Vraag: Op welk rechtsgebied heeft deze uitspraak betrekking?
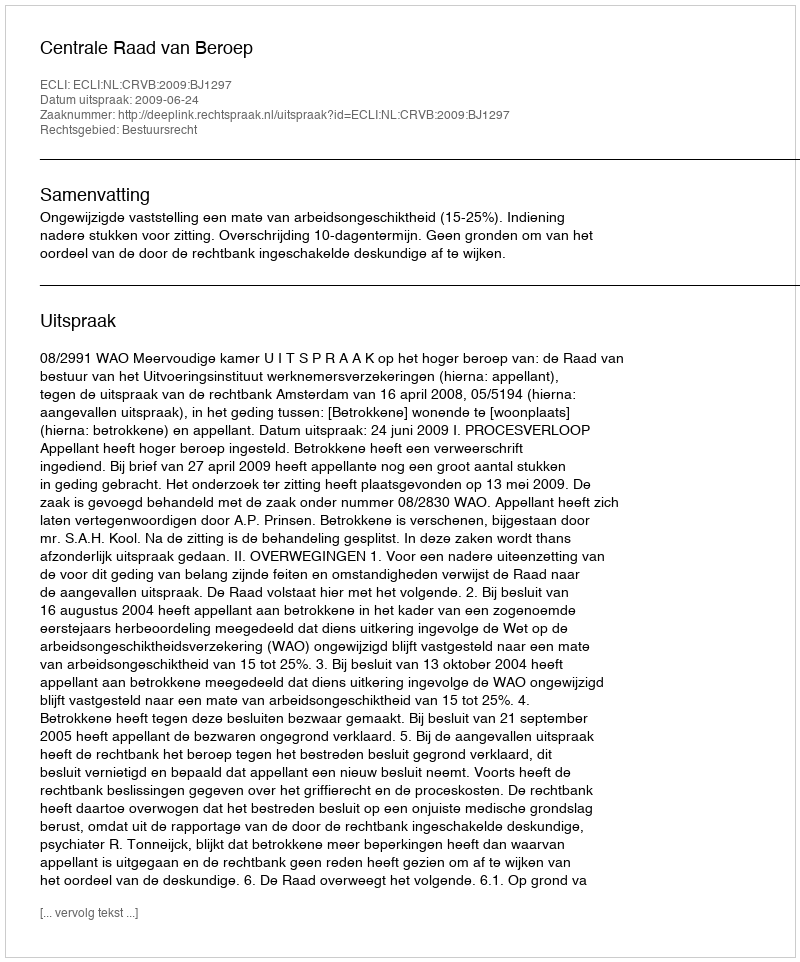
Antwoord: Bestuursrecht